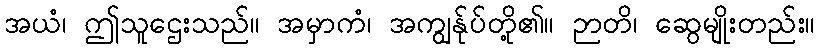
အယံ၊ ဤသူဌေးသည်။ အမှာကံ၊ အကျွန်ုပ်တို့၏။ ဉာတိ၊ ဆွေမျိုးတည်း။